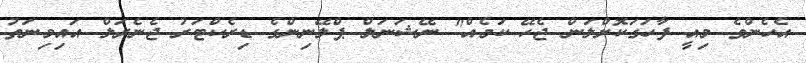
އެހެންވެ މިއީ ފާހަގަކޮށްލަން ޖެހޭ ކަމެއް" ނޭޝަނަލް ޕްލޭނިންގެ ޑިރެކްޓަރު ޖެނެރަލް އައިމިނަތު